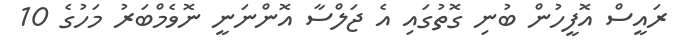
ރައީސް އޮފީހުން ބުނި ގޮތުގައި އެ ޖަލްސާ އޮންނަނީ ނޮވެމްބަރު މަހުގެ 10